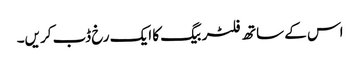
اس کے ساتھ فلٹر بیگ کا ایک رخ ڈب کریں۔